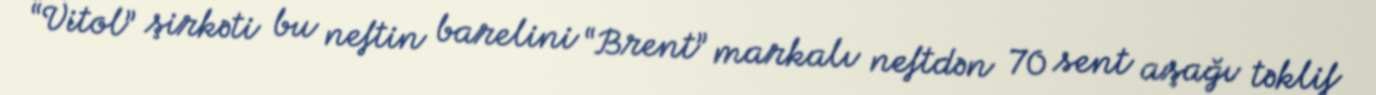
“Vitol” şirkəti bu neftin barelini “Brent” markalı neftdən 70 sent aşağı təklif